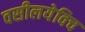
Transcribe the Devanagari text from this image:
वसीलयेविच